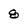
Character: 8